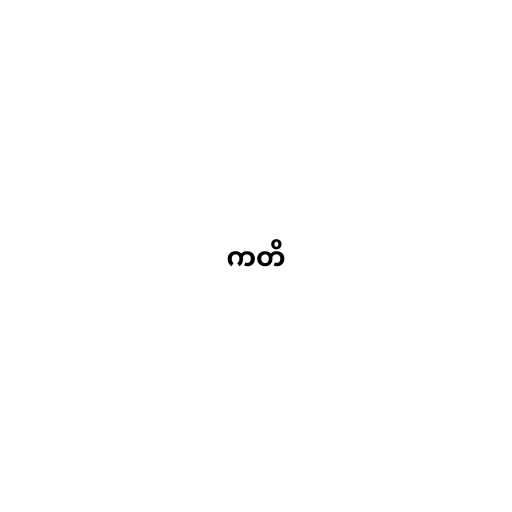
ကတိ